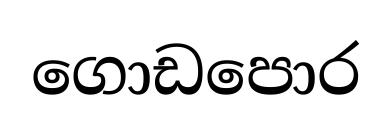
ගොඩපොර